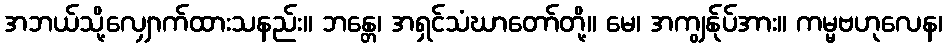
အဘယ်သို့လျှောက်ထားသနည်း။ ဘန္တေ၊ အရှင်သံဃာတော်တို့။ မေ၊ အကျွန်ုပ်အား။ ကမ္မဗဟုလေန၊